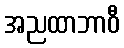
အညထာဘာဝီ